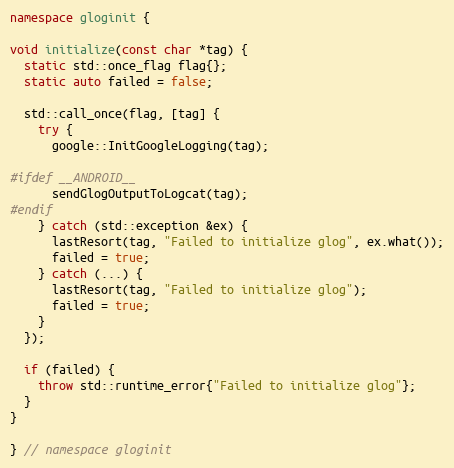
Language: C++
namespace gloginit {

void initialize(const char *tag) {
  static std::once_flag flag{};
  static auto failed = false;

  std::call_once(flag, [tag] {
    try {
      google::InitGoogleLogging(tag);

#ifdef __ANDROID__
      sendGlogOutputToLogcat(tag);
#endif
    } catch (std::exception &ex) {
      lastResort(tag, "Failed to initialize glog", ex.what());
      failed = true;
    } catch (...) {
      lastResort(tag, "Failed to initialize glog");
      failed = true;
    }
  });

  if (failed) {
    throw std::runtime_error{"Failed to initialize glog"};
  }
}

} // namespace gloginit